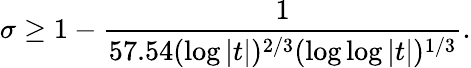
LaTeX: \sigma\geq 1-{\frac{1}{57.54(\log{|t|})^{2/3}(\log{\log{|t|}})^{1/3}}}.